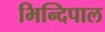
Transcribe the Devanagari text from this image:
भिन्दिपाल